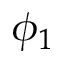
\phi _ { 1 }